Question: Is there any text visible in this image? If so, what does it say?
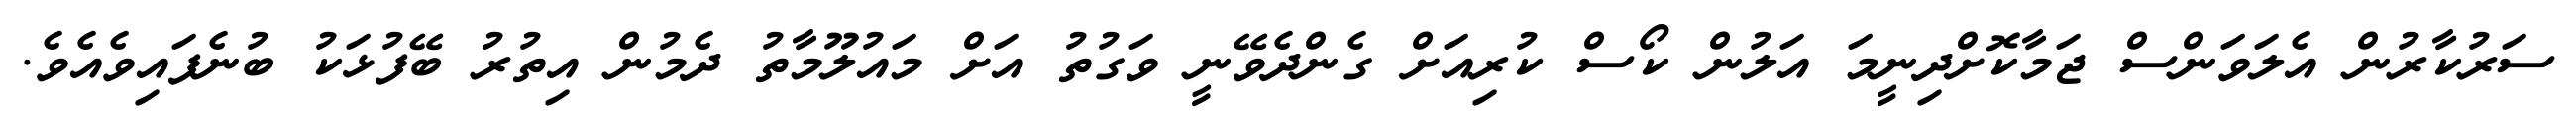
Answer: ސަރުކާރުން އެލަވަންސް ޖަމާކޮށްދިނީމަ އަލުން ކޯސް ކުރިއަށް ގެންދެވޭނީ ވަގުތު އަށް މައުލޫމާތު ދެމުން އިތުރު ބޭފުޅަކު ބުނެފައިވެއެވެ.